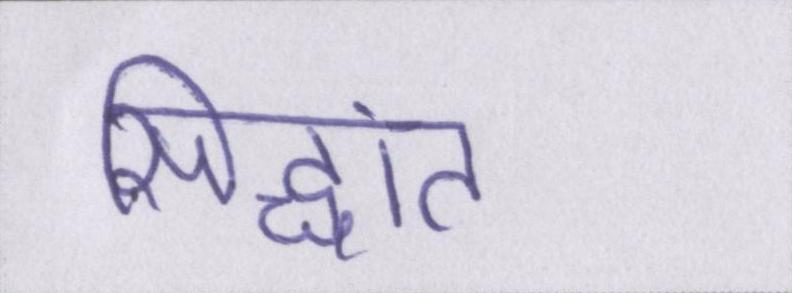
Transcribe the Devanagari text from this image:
सिद्धांत